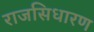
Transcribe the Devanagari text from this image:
राजसिधारण